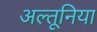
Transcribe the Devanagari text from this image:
अल्तूनिया